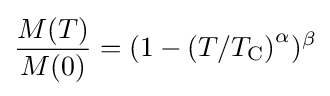
{\frac {M(T)}{M(0)}}=\left(1-(T/T_{\mathrm {C} }\right)^{\alpha })^{\beta }